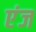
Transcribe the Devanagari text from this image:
एंज